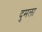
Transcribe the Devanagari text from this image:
दुमला